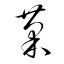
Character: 菊